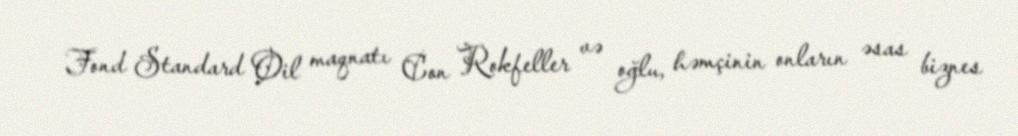
Fond Standard Oil maqnatı Con Rokfeller və oğlu, həmçinin onların əsas biznes